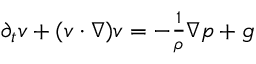
\begin{array} { r } { \partial _ { t } v + ( v \cdot \nabla ) v = - \frac { 1 } { \rho } \nabla p + g } \end{array}